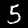
Label: 5